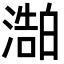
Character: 𬈻